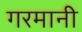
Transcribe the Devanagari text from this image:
गरमानी